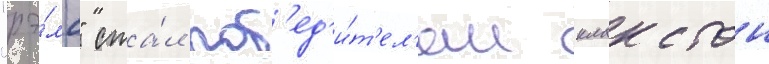
"рэ́мс" ста́л поб'ед'и́т'ел'ем клакстон